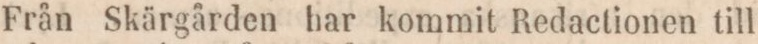
Från Skärgården har kommit Redactionen till